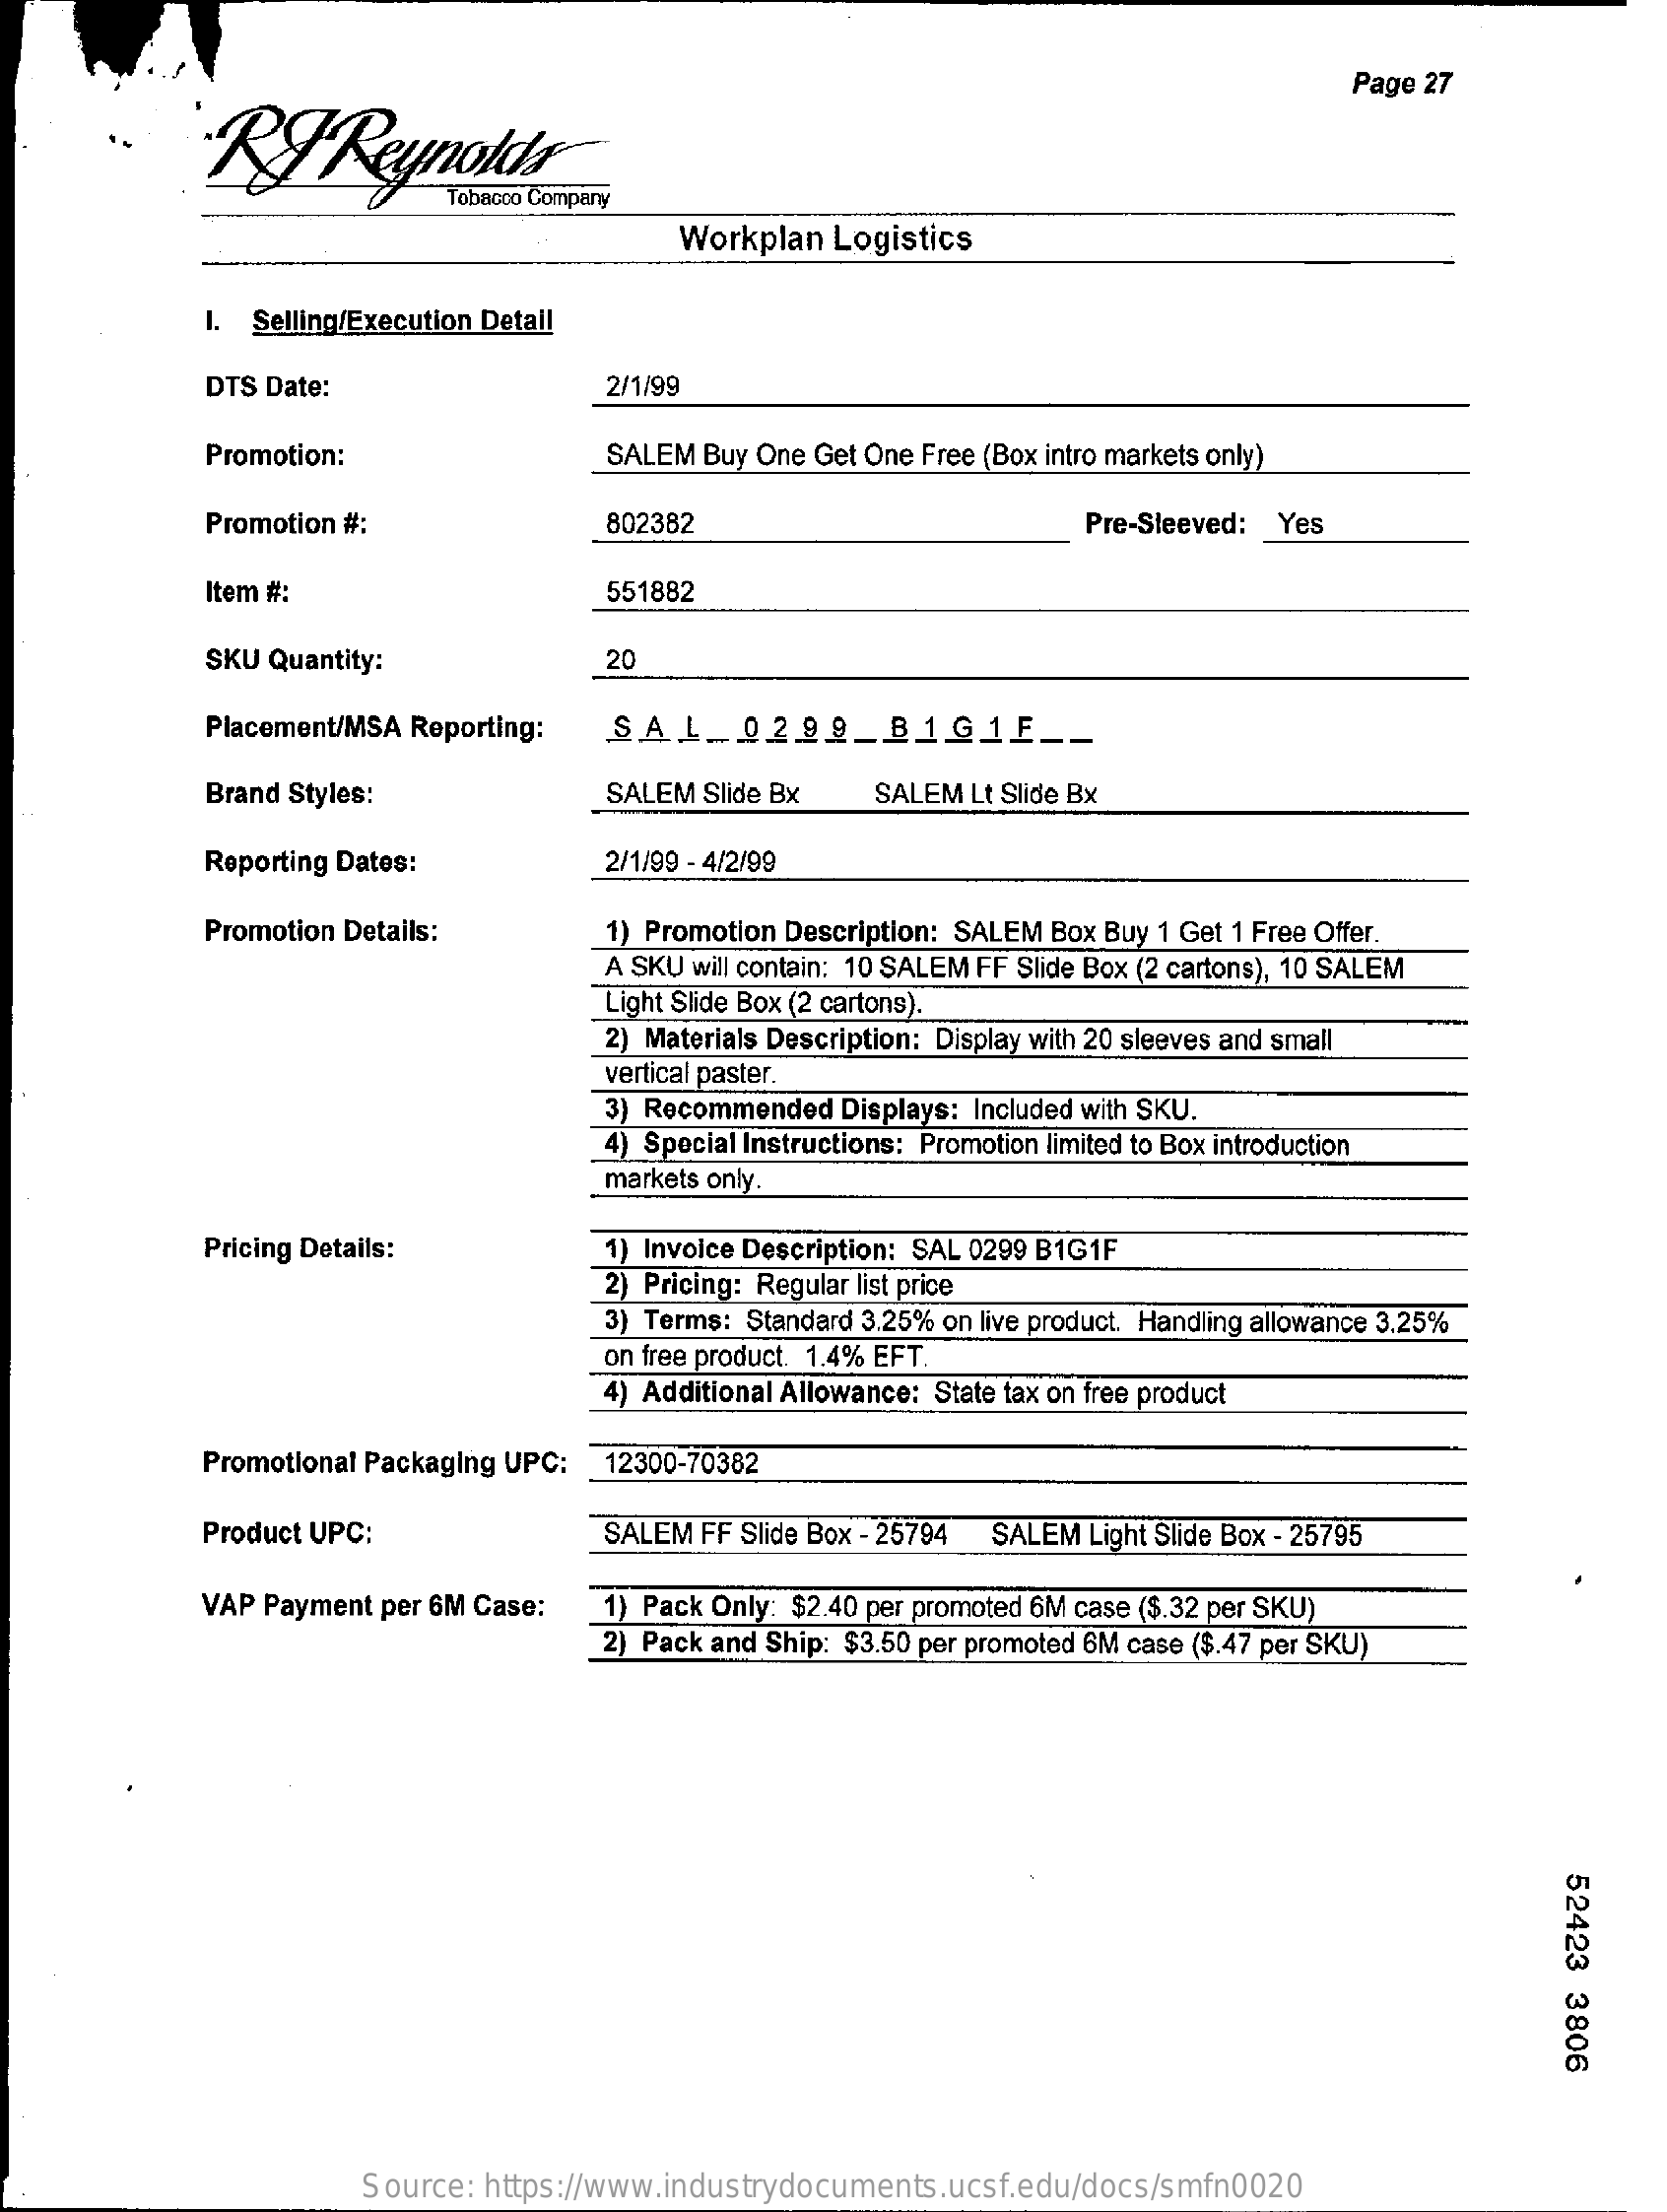
Page 27
     Reynolds
     Workplan Logistics
     I. Selling/Execution Detail
     DTS Date:    2/1/99
     Promotion:    SALEM Buy One Get One Free (Box intro markets only)
     Promotion #:    802382    Pre-Sleeved: Yes
     Item #:    551882
     SKU Quantity:    20
     Placement/MSA Reporting: SAL  0299_B1G1E    __
     Brand Styles:    SALEM Slide Bx SALEM Lt Slide Bx
     Reporting Dates:    2/1/99 - 4/2/99
     Promotion Details:    1) Promotion Description: SALEM Box Buy 1 Get 1 Free Offer.
     A SKU will contain: 10 SALEM FF Slide Box (2 cartons), 10 SALEM
     Light Slide Box (2 cartons).
     2) Materials Description: Display with 20 sleeves and small
     vertical paster.
     3) Recommended Displays: Included with SKU.
     4) Special Instructions: Promotion limited to Box introduction
     markets only.
     Pricing Details:    1) Invoice Description: SAL 0299 B1G1F
     2) Pricing: Regular list price
     3) Terms: Standard 3.25% on live product. Handling allowance 3.25%
     on free product. 1.4% EFT.
     4) Additional Allowance: State tax on free product
     Promotional Packaging UPC: 12300-70382
     Product UPC:    SALEM FF Slide Box - 25794 SALEM Light Slide Box - 25795
     VAP Payment per 6M Case: 1) Pack Only: $2.40 per promoted 6M case ($.32 per SKU)
     2) Pack and Ship: $3.50 per promoted 6M case ($.47 per SKU)
     52423
     3806
     Source: https://www.industrydocuments.ucsf.edu/docs/smfn0020